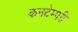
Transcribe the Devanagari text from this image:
कनटेम्परी